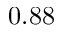
0 . 8 8